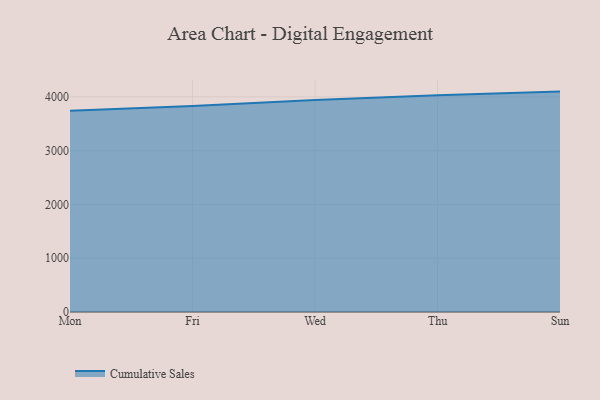
{"axis": {"x": "Day", "y": "Headcount"}, "legend": ["Cumulative Sales"], "data": [{"x": "Mon", "y": 3740.8, "type": "Cumulative Sales"}, {"x": "Fri", "y": 3832.3, "type": "Cumulative Sales"}, {"x": "Wed", "y": 3943.0, "type": "Cumulative Sales"}, {"x": "Thu", "y": 4028.5, "type": "Cumulative Sales"}, {"x": "Sun", "y": 4098.2, "type": "Cumulative Sales"}]}